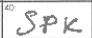
Transcription: SPK